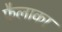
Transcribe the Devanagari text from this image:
फैलाका